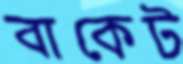
বাকেট